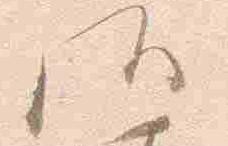
御